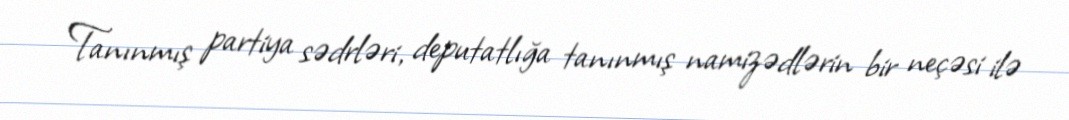
Tanınmış partiya sədrləri, deputatlığa tanınmış namizədlərin bir neçəsi ilə